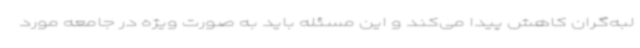
لبه‌گران کاهش پیدا می‌کند و این مسئله باید به صورت ویژه در جامعه مورد